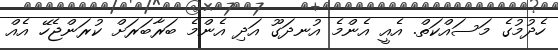
ހެދުމުގެ މަސައްކަތް. އެއީ އެންމެ އުނދަގޫ އަދި އެންމެ ބަރާބަރަށް ކުރަންޖެހޭ އެއް